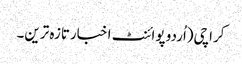
کراچی(اُردو پوائنٹ اخبارتازہ ترین۔